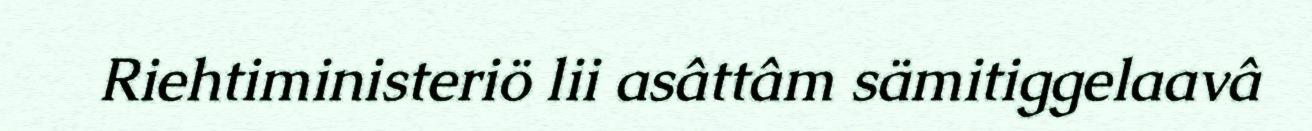
Riehtiministeriö lii asâttâm sämitiggelaavâ